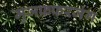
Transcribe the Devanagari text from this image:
मुजफ्रफरजंग